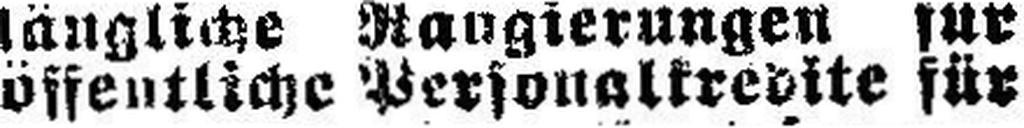
öffentliche Personalkredite für